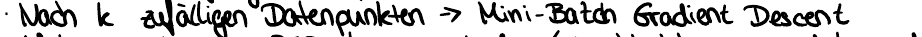
Nach k zufälligen Datenpunkten -> Mini-Batch Gradient Descent